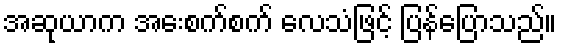
အဆုယာက အေးစက်စက် လေသံဖြင့် ပြန်ပြောသည်။